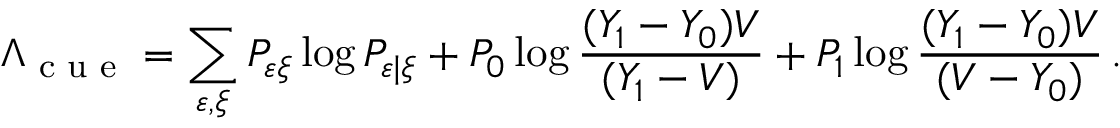
\Lambda _ { \textrm { c u e } } = \sum _ { \varepsilon , \xi } P _ { \varepsilon \xi } \log P _ { \varepsilon | \xi } + P _ { 0 } \log \frac { ( Y _ { 1 } - Y _ { 0 } ) V } { ( Y _ { 1 } - V ) } + P _ { 1 } \log \frac { ( Y _ { 1 } - Y _ { 0 } ) V } { ( V - Y _ { 0 } ) } \, .